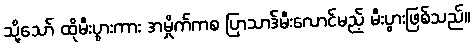
သို့သော် ထိုမီးပွားကား အမှိုက်ကစ ပြာသာဒ်မီးလောင်မည့် မီးပွားဖြစ်သည်။